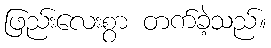
ဖြည်းလေးစွာ တက်ခဲ့သည်။